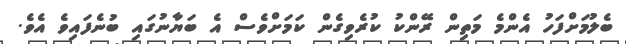
ބެލުމަށްފަހު އެންމެ މަތިން ރޭންކު ކުރެވިގެން ކަމަށްވެސް އެ ބަޔާނުގައި ބުނެފައިވެ އެވެ.